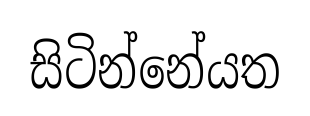
සිටින්නේයත